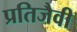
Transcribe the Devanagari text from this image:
प्रतिजैवी